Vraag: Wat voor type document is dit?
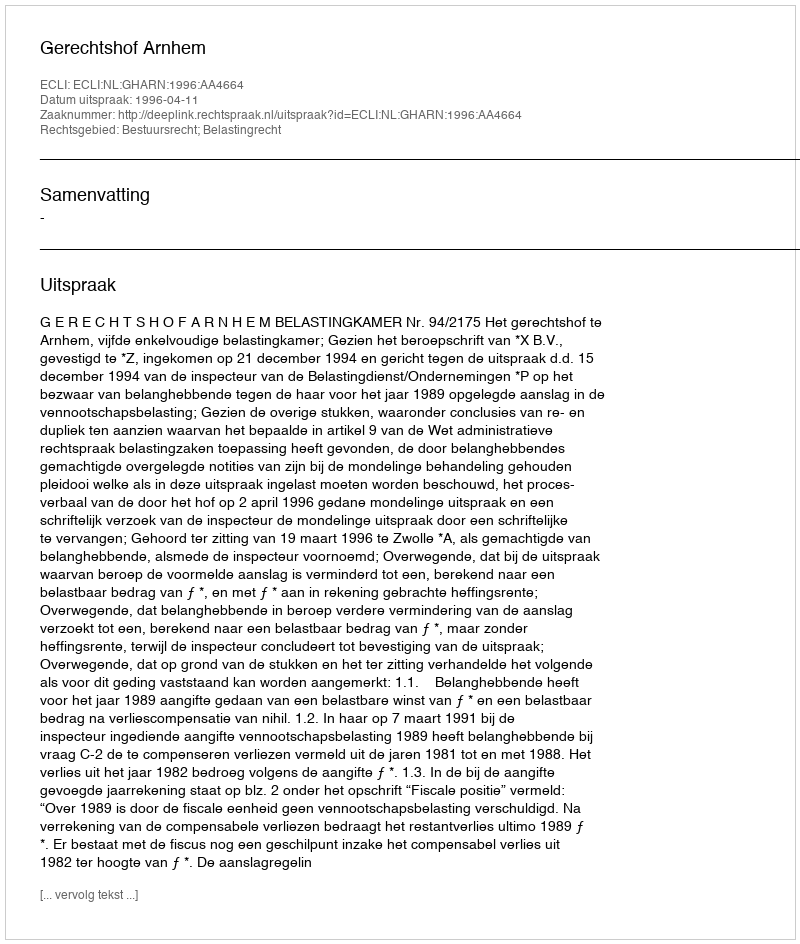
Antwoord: Uitspraak